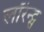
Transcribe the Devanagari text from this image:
लॉरेन्ट्स